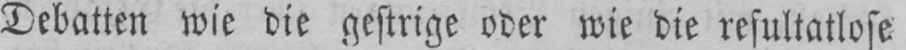
Debatten wie die gestrige oder wie die resultatlose